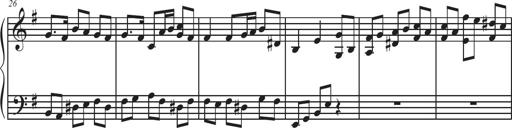
Title: Sonatina Espania
Composer: Jerald Franklin Archer
Key: Various